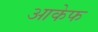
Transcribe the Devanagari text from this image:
आकेफ